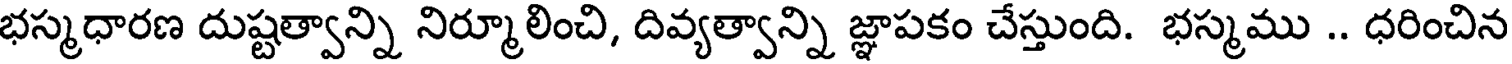
భస్మధారణ దుష్టత్వాన్ని నిర్మూలించి, దివ్యత్వాన్ని జ్ఞాపకం చేస్తుంది. భస్మము .. ధరించిన